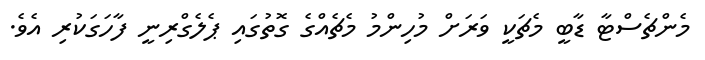
މެންޗެސްޓާ ޑާބީ މެޗަކީ ވަރަށް މުހިންމު މެޗެއްގެ ގޮތުގައި ޕެލެގްރިނީ ފާހަގަކުރި އެވެ.